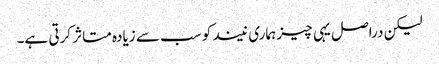
لیکن دراصل یہی چیز ہماری نیند کو سب سے زیادہ متاثر کرتی ہے۔